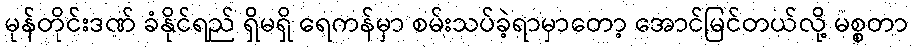
မုန်တိုင်းဒဏ် ခံနိုင်ရည် ရှိမရှိ ရေကန်မှာ စမ်းသပ်ခဲ့ရာမှာတော့ အောင်မြင်တယ်လို့ မစ္စတာ